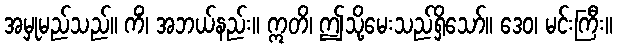
အမှုမည်သည်။ ကိံ၊ အဘယ်နည်း။ ဣတိ၊ ဤသို့မေးသည်ရှိသော်။ ဒေဝ၊ မင်းကြီး။